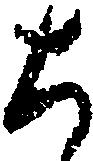
ち